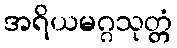
အရိယမဂ္ဂသုတ္တံ